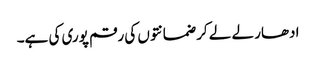
ادھار لے لے کر ضمانتوں کی رقم پوری کی ہے۔